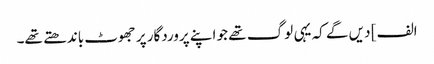
الف] دیں گے کہ یہی لوگ تھے جو اپنے پروردگار پر جھوٹ باندھتے تھے۔